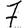
Digit: 7